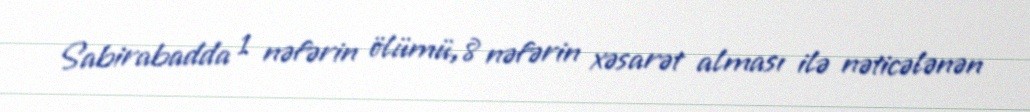
Sabirabadda 1 nəfərin ölümü, 8 nəfərin xəsarət alması ilə nəticələnən